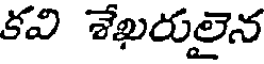
కవి శేఖరులైన